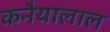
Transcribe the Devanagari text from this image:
कनैयालाल